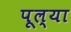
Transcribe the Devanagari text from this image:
पूल्या